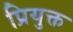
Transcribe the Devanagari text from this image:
प्रियुक्त